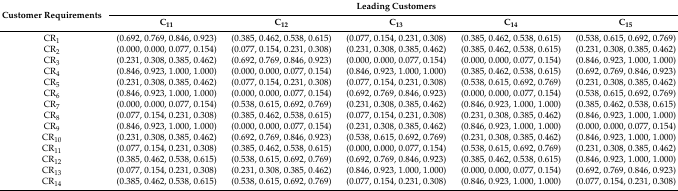
<table><thead><tr><td rowspan="2"><b>Customer Requirements</b></td><td colspan="5"><b>Leading Customers</b></td></tr><tr><td><b>C<sub>11</sub></b></td><td><b>C<sub>12</sub></b></td><td><b>C<sub>13</sub></b></td><td><b>C<sub>14</sub></b></td><td><b>C<sub>15</sub></b></td></tr></thead><tbody><tr><td>CR<sub>1</sub></td><td>(0.692, 0.769, 0.846, 0.923)</td><td>(0.385, 0.462, 0.538, 0.615)</td><td>(0.077, 0.154, 0.231, 0.308)</td><td>(0.385, 0.462, 0.538, 0.615)</td><td>(0.538, 0.615, 0.692, 0.769)</td></tr><tr><td>CR<sub>2</sub></td><td>(0.000, 0.000, 0.077, 0.154)</td><td>(0.077, 0.154, 0.231, 0.308)</td><td>(0.231, 0.308, 0.385, 0.462)</td><td>(0.385, 0.462, 0.538, 0.615)</td><td>(0.231, 0.308, 0.385, 0.462)</td></tr><tr><td>CR<sub>3</sub></td><td>(0.231, 0.308, 0.385, 0.462)</td><td>(0.692, 0.769, 0.846, 0.923)</td><td>(0.000, 0.000, 0.077, 0.154)</td><td>(0.000, 0.000, 0.077, 0.154)</td><td>(0.846, 0.923, 1.000, 1.000)</td></tr><tr><td>CR<sub>4</sub></td><td>(0.846, 0.923, 1.000, 1.000)</td><td>(0.000, 0.000, 0.077, 0.154)</td><td>(0.846, 0.923, 1.000, 1.000)</td><td>(0.385, 0.462, 0.538, 0.615)</td><td>(0.692, 0.769, 0.846, 0.923)</td></tr><tr><td>CR<sub>5</sub></td><td>(0.231, 0.308, 0.385, 0.462)</td><td>(0.077, 0.154, 0.231, 0.308)</td><td>(0.077, 0.154, 0.231, 0.308)</td><td>(0.538, 0.615, 0.692, 0.769)</td><td>(0.231, 0.308, 0.385, 0.462)</td></tr><tr><td>CR<sub>6</sub></td><td>(0.846, 0.923, 1.000, 1.000)</td><td>(0.000, 0.000, 0.077, 0.154)</td><td>(0.692, 0.769, 0.846, 0.923)</td><td>(0.000, 0.000, 0.077, 0.154)</td><td>(0.538, 0.615, 0.692, 0.769)</td></tr><tr><td>CR<sub>7</sub></td><td>(0.000, 0.000, 0.077, 0.154)</td><td>(0.538, 0.615, 0.692, 0.769)</td><td>(0.231, 0.308, 0.385, 0.462)</td><td>(0.846, 0.923, 1.000, 1.000)</td><td>(0.385, 0.462, 0.538, 0.615)</td></tr><tr><td>CR<sub>8</sub></td><td>(0.077, 0.154, 0.231, 0.308)</td><td>(0.385, 0.462, 0.538, 0.615)</td><td>(0.077, 0.154, 0.231, 0.308)</td><td>(0.231, 0.308, 0.385, 0.462)</td><td>(0.846, 0.923, 1.000, 1.000)</td></tr><tr><td>CR<sub>9</sub></td><td>(0.846, 0.923, 1.000, 1.000)</td><td>(0.000, 0.000, 0.077, 0.154)</td><td>(0.231, 0.308, 0.385, 0.462)</td><td>(0.846, 0.923, 1.000, 1.000)</td><td>(0.000, 0.000, 0.077, 0.154)</td></tr><tr><td>CR<sub>10</sub></td><td>(0.231, 0.308, 0.385, 0.462)</td><td>(0.692, 0.769, 0.846, 0.923)</td><td>(0.538, 0.615, 0.692, 0.769)</td><td>(0.231, 0.308, 0.385, 0.462)</td><td>(0.846, 0.923, 1.000, 1.000)</td></tr><tr><td>CR<sub>11</sub></td><td>(0.077, 0.154, 0.231, 0.308)</td><td>(0.385, 0.462, 0.538, 0.615)</td><td>(0.000, 0.000, 0.077, 0.154)</td><td>(0.538, 0.615, 0.692, 0.769)</td><td>(0.231, 0.308, 0.385, 0.462)</td></tr><tr><td>CR<sub>12</sub></td><td>(0.385, 0.462, 0.538, 0.615)</td><td>(0.538, 0.615, 0.692, 0.769)</td><td>(0.692, 0.769, 0.846, 0.923)</td><td>(0.385, 0.462, 0.538, 0.615)</td><td>(0.846, 0.923, 1.000, 1.000)</td></tr><tr><td>CR<sub>13</sub></td><td>(0.077, 0.154, 0.231, 0.308)</td><td>(0.231, 0.308, 0.385, 0.462)</td><td>(0.846, 0.923, 1.000, 1.000)</td><td>(0.000, 0.000, 0.077, 0.154)</td><td>(0.692, 0.769, 0.846, 0.923)</td></tr><tr><td>CR<sub>14</sub></td><td>(0.385, 0.462, 0.538, 0.615)</td><td>(0.538, 0.615, 0.692, 0.769)</td><td>(0.077, 0.154, 0.231, 0.308)</td><td>(0.846, 0.923, 1.000, 1.000)</td><td>(0.077, 0.154, 0.231, 0.308)</td></tr></tbody></table>